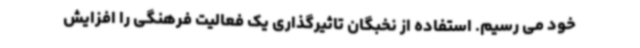
خود می رسیم. استفاده از نخبگان تاثیرگذاری یک فعالیت فرهنگی را افزایش